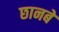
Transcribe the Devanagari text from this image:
छानबें